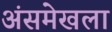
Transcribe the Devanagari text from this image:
अंसमेखला